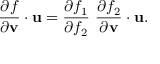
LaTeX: { \frac { \partial f } { \partial \mathbf { v } } } \cdot \mathbf { u } = { \frac { \partial f _ { 1 } } { \partial f _ { 2 } } } ~ { \frac { \partial f _ { 2 } } { \partial \mathbf { v } } } \cdot \mathbf { u } .